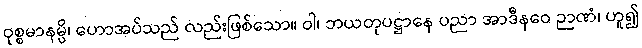
ဝုစ္စမာနမ္ပိ၊ ဟောအပ်သည် လည်းဖြစ်သော။ ဝါ၊ ဘယတုပဋ္ဌာနေ ပညာ အာဒီနဝေ ဉာဏံ၊ ဟူ၍